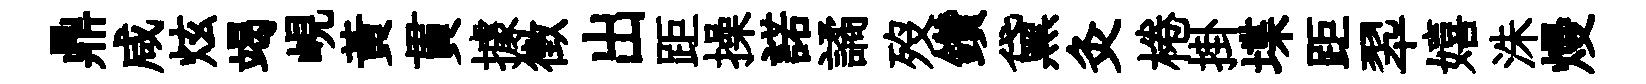
鼎咸炫竭峴黄貫據徴出距操諾譎歿鑽黛灸棬掛堞距翆嬉洙熳